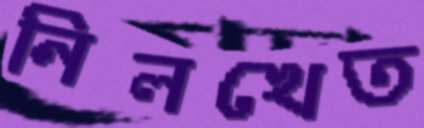
নিলখেত